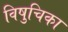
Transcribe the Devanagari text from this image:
विषुचिका